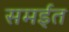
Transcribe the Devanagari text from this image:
समईत